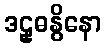
ဒဠှဓနွိနော